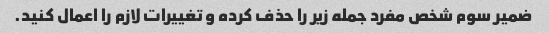
ضمیر سوم شخص مفرد جمله زیر را حذف کرده و تغییرات لازم را اعمال کنید.